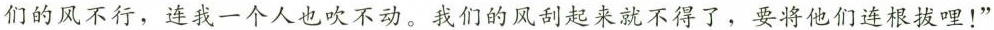
们的风不行，连我一个人也吹不动。我们的风刮起来就不得了，要将他们连根拔哩！”